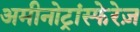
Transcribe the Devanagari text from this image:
अमीनोट्रांस्फेरेज़